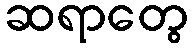
ဆရာတွေ